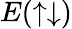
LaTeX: E(\uparrow\downarrow)